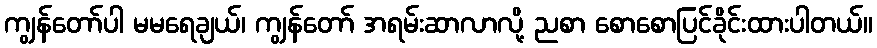
ကျွန်တော်ပါ မမရေချယ်၊ ကျွန်တော် အရမ်းဆာလာလို့ ညစာ စောစောပြင်ခိုင်းထားပါတယ်။